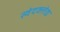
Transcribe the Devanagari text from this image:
स्वेदक्लेद्य